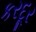
કરદૂર